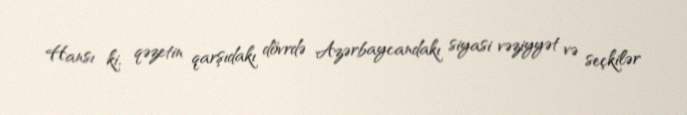
Hansı ki, qəzetin qarşıdakı dövrdə Azərbaycandakı siyasi vəziyyət və seçkilər